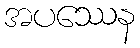
အပဿေန